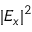
| E _ { x } | ^ { 2 }